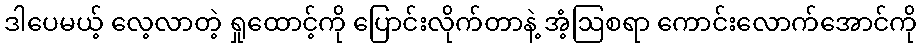
ဒါပေမယ့် လေ့လာတဲ့ ရှုထောင့်ကို ပြောင်းလိုက်တာနဲ့ အံ့ဩစရာ ကောင်းလောက်အောင်ကို